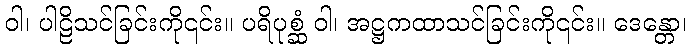
ဝါ၊ ပါဠိသင်ခြင်းကို၎င်း။ ပရိပုစ္ဆံ ဝါ၊ အဋ္ဌကထာသင်ခြင်းကို၎င်း။ ဒေန္တော၊